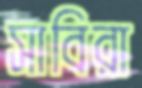
সাবিরা